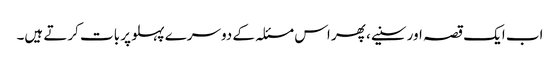
اب ایک قصہ اور سنیے، پھر اس مسئلہ کے دوسرے پہلو پر بات کرتے ہیں۔